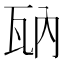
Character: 𤬲